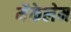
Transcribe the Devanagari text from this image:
मैकेलेम